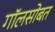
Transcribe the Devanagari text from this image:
गॉलसोबत